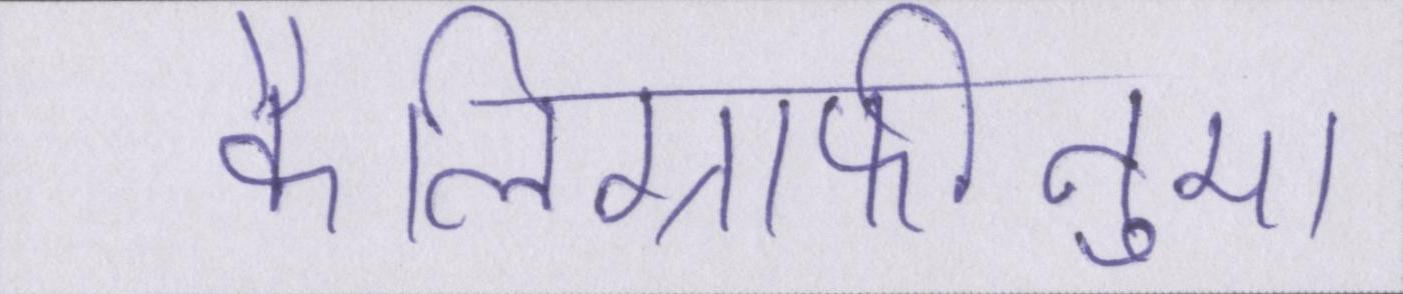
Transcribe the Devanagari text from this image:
कैलिग्राफीनुमा